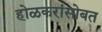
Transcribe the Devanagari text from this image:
होळकरांसोबत